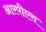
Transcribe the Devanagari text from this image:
आरपीएस